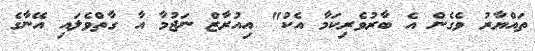
ތައްޔާރު ވެގެން އެ ބާރުވެރިކަމާ އެކު" އިއުރާޒް ނަޖުމާ އާ ގާތްވެލައި އޭނާގެ